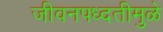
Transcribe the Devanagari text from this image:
जीवनपध्दतीमुळे